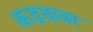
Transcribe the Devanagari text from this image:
कडय़ावर